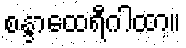
စန္ဒာထေရီဂါထာ။